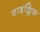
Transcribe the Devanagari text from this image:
वाइक्लिफ़